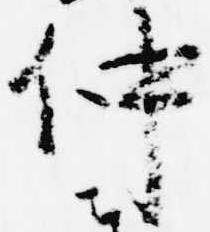
仲